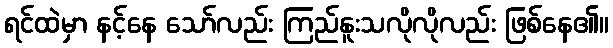
ရင်ထဲမှာ နင့်နေ သော်လည်း ကြည်နူးသလိုလိုလည်း ဖြစ်နေ၏။